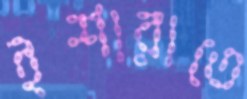
ইশারাতে